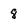
Character: 8